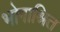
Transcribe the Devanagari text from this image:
भोगाश्रित